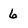
Character: 6